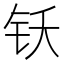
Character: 𬬴